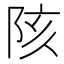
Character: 陔